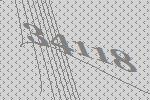
34118